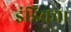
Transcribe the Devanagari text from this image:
इंडिका।